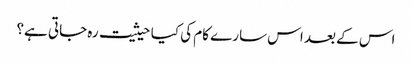
اس کے بعد اس سارے کام کی کیا حیثیت رہ جاتی ہے؟